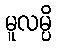
မူလမ္ပိ